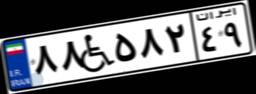
۲۱W۶۸۴۰۷